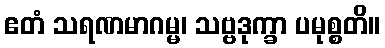
ဧတံ သရဏမာဂမ္မ၊ သဗ္ဗဒုက္ခာ ပမုစ္စတိ။